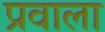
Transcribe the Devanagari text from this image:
प्रवाला